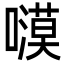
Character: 𭋫